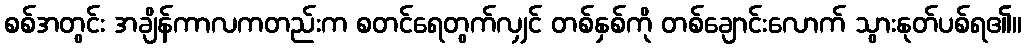
စစ်အတွင်း အချိန်ကာလကတည်းက စတင်ရေတွက်လျှင် တစ်နှစ်ကို တစ်ချောင်းလောက် သွားနုတ်ပစ်ရ၏။